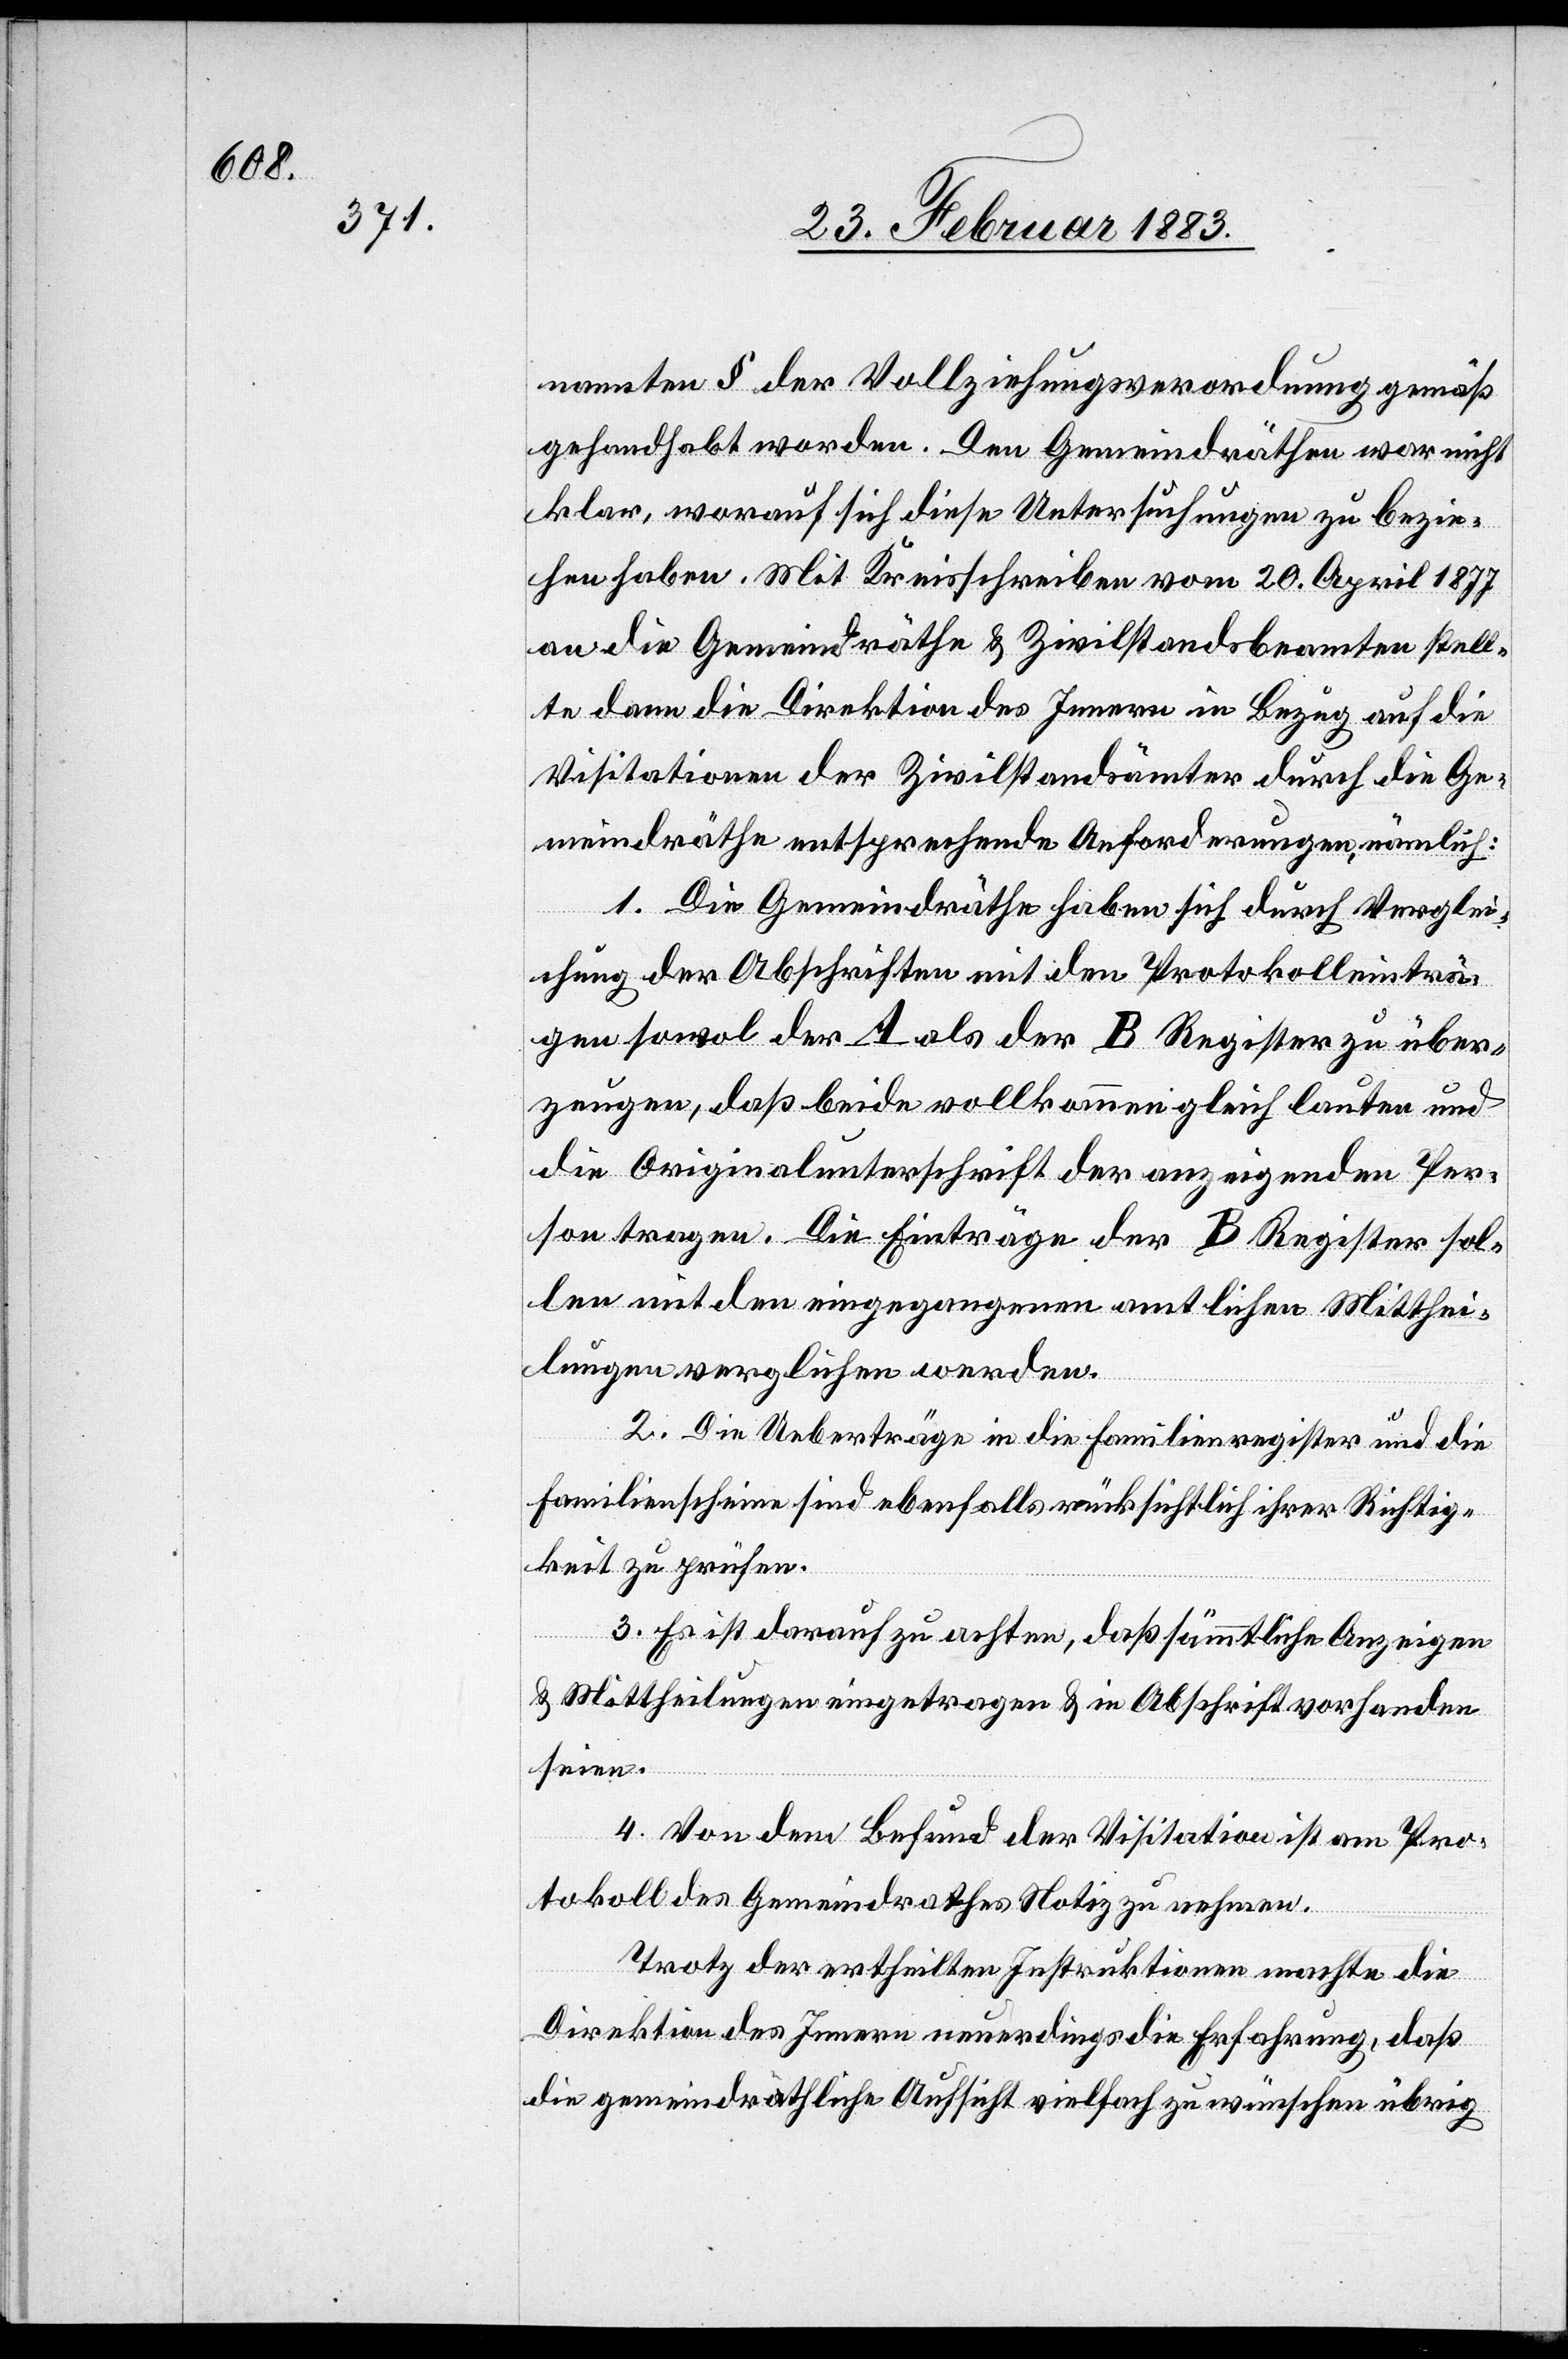
nannten § der Vollziehungsverordnung gemäß
gehandhabt worden. Den Gemeindräthen war nicht
klar, worauf sich diese Untersuchungen zu bezie¬
hen haben. Mit Kreisschreiben vom 20. April 1877
an die Gemeindräthe & Zivilstandesbeamten stell¬
te dann die Direktion des Innern in Bezug auf die
Visitationen der Zivilstandesämter durch die Ge¬
meindräthe entsprechende Anforderungen, nämlich:
1. Die Gemeindräthe haben sich durch Verglei¬
chung der Abschriften mit den Protokolleinträ¬
gen sowol der A als der B Register zu über¬
zeugen, daß beide vollkommen gleich lauten und
die Originalunterschrift der anzeigenden Per¬
son trage. Die Einträge der B Register sol¬
len mit den eingegangenen amtlichen Mitthei¬
lungen verglichen werden.
2. Die Ueberträge in die Familienregister und die
Familienscheine sind ebenfalls rücksichtlich ihrer Richtig¬
keit zu prüfen.
3. Es ist darauf zu achten, daß sämmtliche Anzeigen
& Mittheilungen eingetragen & in Abschrift vorhanden
seien.
4. Von dem Befund der Visitation ist am Pro¬
tokoll des Gemeindrathes Notiz zu nehmen.
Trotz der ertheilten Inspektionen machte die
Direktion des Innern neuerdings die Erfahrung, daß
die gemeindräthliche Aufsicht vielfach zu wünschen übrig